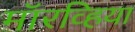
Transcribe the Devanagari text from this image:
मॉरव्हिया